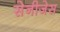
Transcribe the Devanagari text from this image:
सेनीजेस